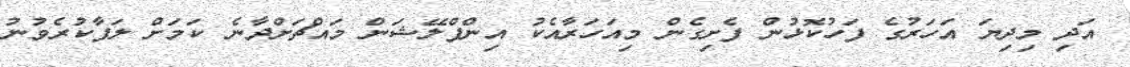
އަދި މިދިޔަ އަހަރުގެ ފަހުކޮޅުން ފެށިގެން މިއަހަރާއެކު އިންފްލޭޝަން މައްޗަށްދާނެ ކަމަށް ލަފާކުރެވުނު